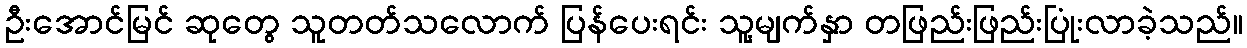
ဦးအောင်မြင် ဆုတွေ သူတတ်သလောက် ပြန်ပေးရင်း သူ့မျက်နှာ တဖြည်းဖြည်းပြုံးလာခဲ့သည်။